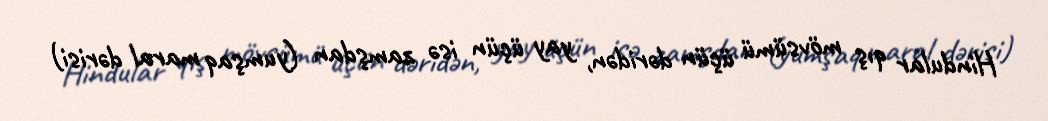
Hindular qış mövsümü üçün dəridən, yay üçün isə zamşdan (yumşaq maral dərisi)